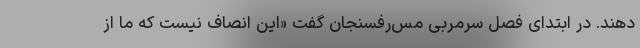
دهند. در ابتدای فصل سرمربی مس‌رفسنجان گفت «این انصاف نیست که ما از